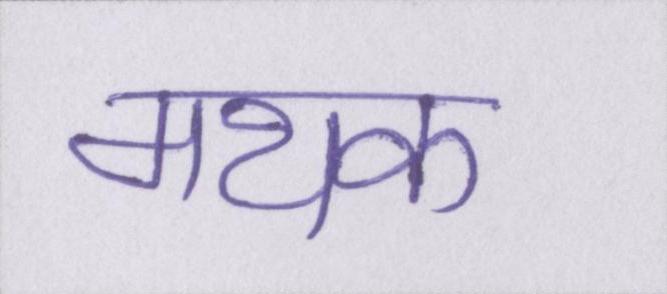
मथक